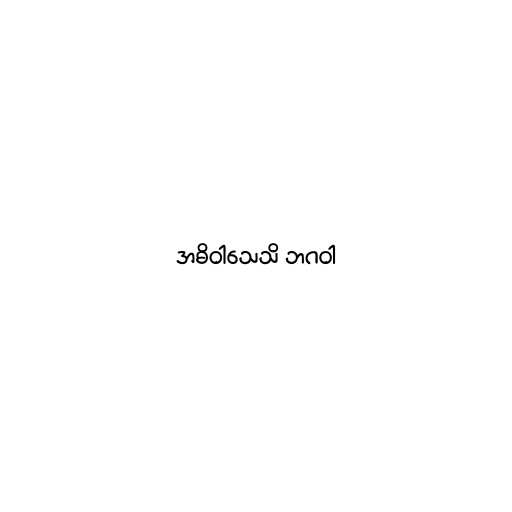
အဓိဝါသေသိ ဘဂဝါ